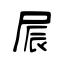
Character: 屒